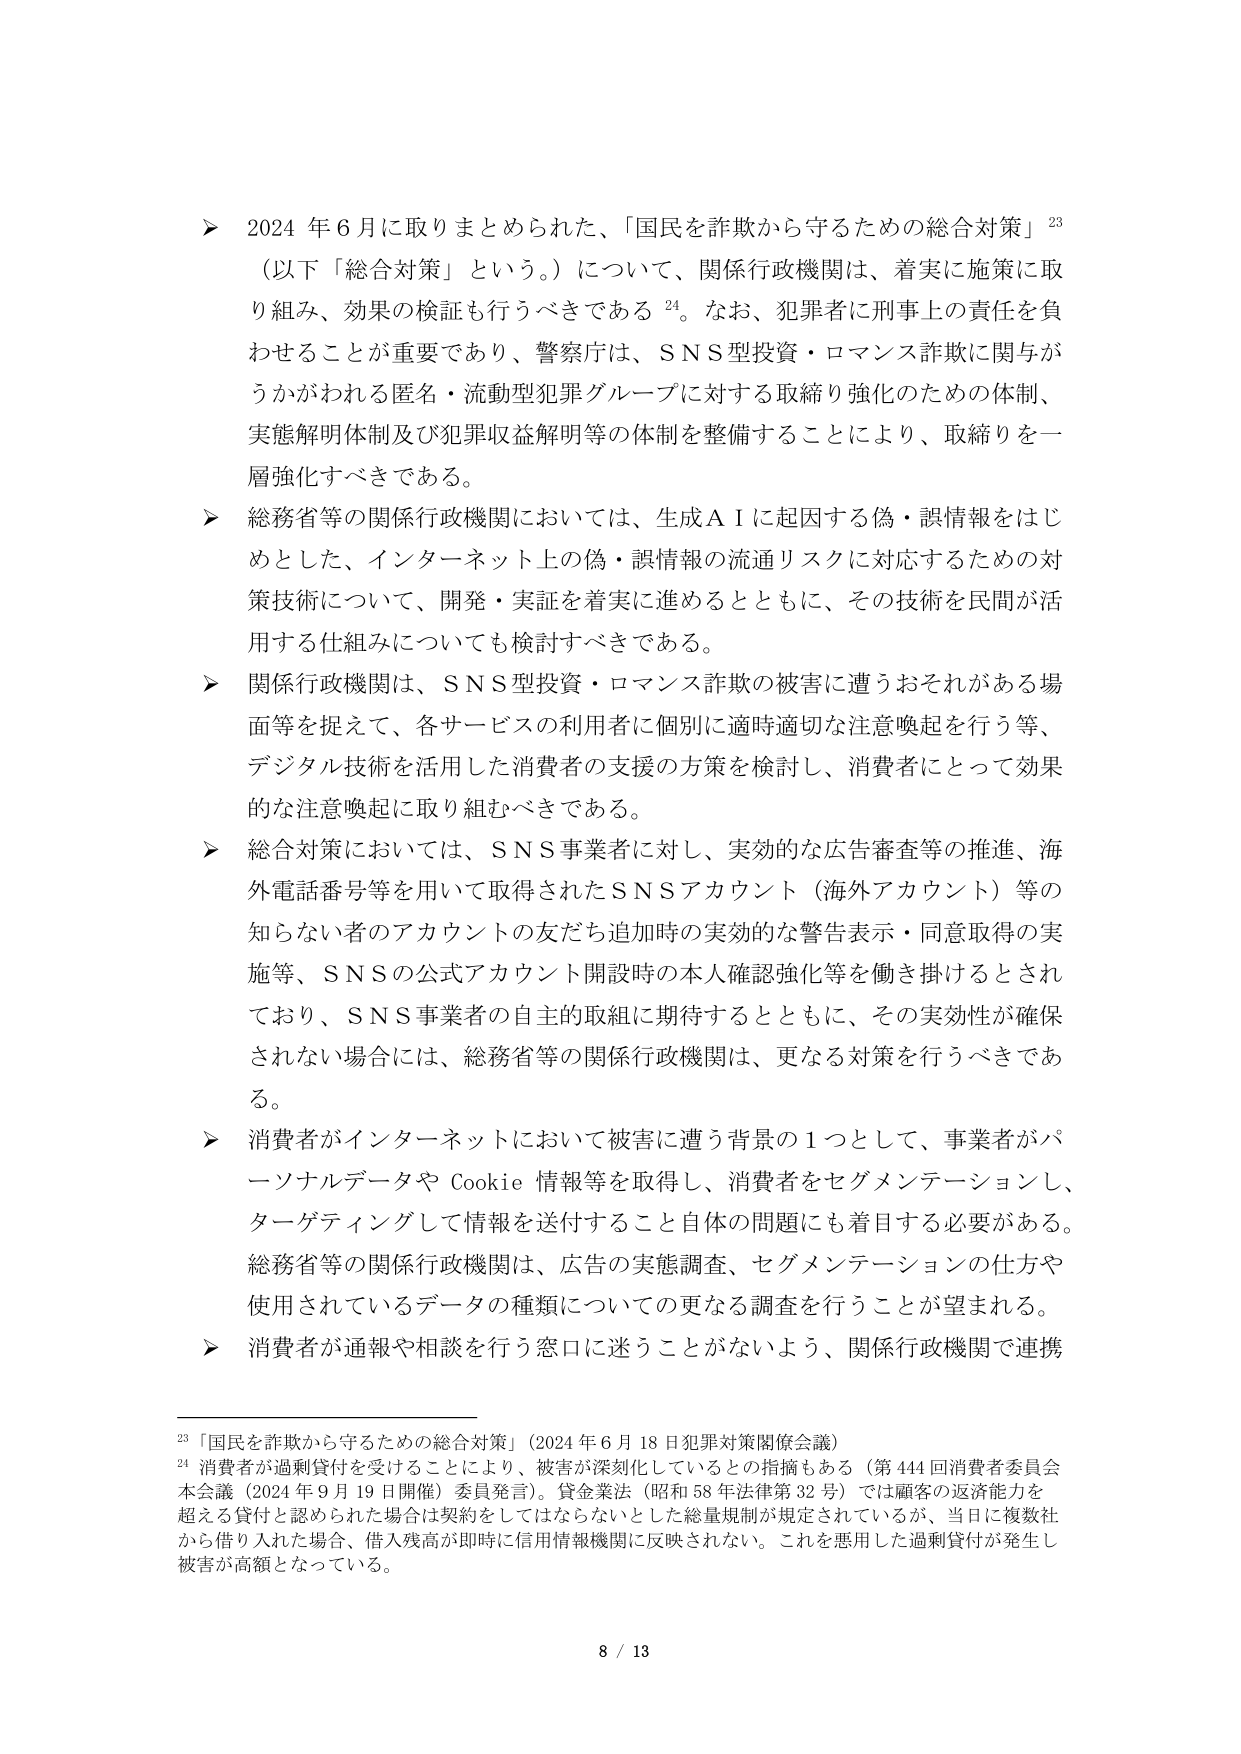
➤ 2024 年 6 月に取りまとめられた、「国民を詐欺から守るための総合対策」²³（以下「総合対策」という。）について、関係行政機関は、着実に施策に取り組み、効果の検証も行うべきである²⁴。なお、犯罪者に刑事上の責任を負わせることが重要であり、警察庁は、SNS型投資・ロマンス詐欺に関与がうかがわれる匿名・流動型犯罪グループに対する取締り強化のための体制、実態解明体制及び犯罪収益解明等の体制を整備することにより、取締りを一層強化すべきである。

➤ 総務省等の関係行政機関においては、生成AIに起因する偽・誤情報をはじめとした、インターネット上の偽・誤情報の流通リスクに対応するための対策技術について、開発・実証を着実に進めるとともに、その技術を民間が活用する仕組みについても検討すべきである。

➤ 関係行政機関は、SNS型投資・ロマンス詐欺の被害に遭うおそれがある場面等を捉えて、各サービスの利用者に個別に適時適切な注意喚起を行う等、デジタル技術を活用した消費者の支援の方策を検討し、消費者にとって効果的な注意喚起に取り組むべきである。

➤ 総合対策においては、SNS事業者に対し、実効的な広告審査等の推進、海外電話番号等を用いて取得されたSNSアカウント（海外アカウント）等の知らない者のアカウントの友だち追加時の実効的な警告表示・同意取得の実施等、SNSの公式アカウント開設時の本人確認強化等を働き掛けるとされており、SNS事業者の自主的取組に期待するとともに、その実効性が確保されない場合には、総務省等の関係行政機関は、更なる対策を行うべきである。

➤ 消費者がインターネットにおいて被害に遭う背景の1つとして、事業者がパーソナルデータや Cookie 情報等を取得し、消費者をセグメンテーションし、ターゲティングして情報を送付すること自体の問題にも着目する必要がある。総務省等の関係行政機関は、広告の実態調査、セグメンテーションの仕方や使用されているデータの種類についての更なる調査を行うことが望まれる。

➤ 消費者が通報や相談を行う窓口に迷うことがないよう、関係行政機関で連携

²³「国民を詐欺から守るための総合対策」（2024年6月18日犯罪対策関係会議）

²⁴ 消費者が過剰貸付を受けることにより、被害が深刻化しているとの指摘もある（第444回消費者委員会本会議（2024年9月19日開催）委員発言）。貸金業法（昭和58年法律第32号）では顧客の返済能力を超える貸付と認められた場合は契約をしてはならないとした総量規制が規定されているが、当日に複数社から借り入れた場合、借入残高が即時に信用情報機関に反映されない。これを悪用した過剰貸付が発生し被害が高額となっている。

8 / 13